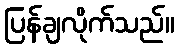
ပြန်ချလိုက်သည်။